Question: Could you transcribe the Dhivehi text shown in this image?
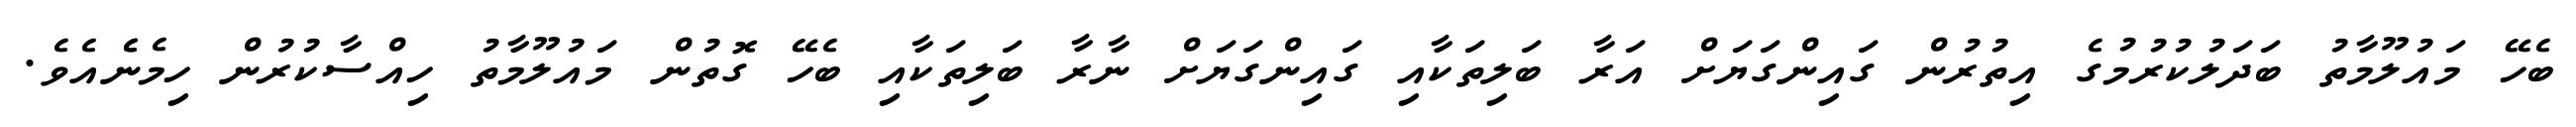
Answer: ބެހޭ މައުލޫމާތު ބަދަލުކުރުމުގެ އިތުރުން ގައިންގަޔަށް އަރާ ބަލިތަކާއި ގައިންގަޔަށް ނާރާ ބަލިތަކާއި ބެހޭ ގޮތުން މައުލޫމާތު ހިއްސާކުރުން ހިމެނެެއެވެ.